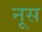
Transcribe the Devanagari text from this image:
नूस